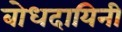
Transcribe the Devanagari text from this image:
बोधदायिनी